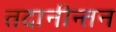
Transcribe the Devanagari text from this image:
तदानीन्तन